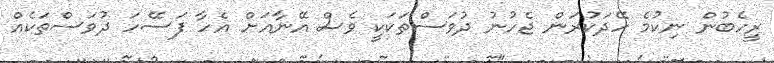
ރީހެބުން ނިކުމެ ހޭދަކުރަން ޖެހުނު ދުވަސްތަކަކީ ވެސް އޭނާއަށް އެހާ ފަސޭހަ ދުވަސްތަކެއް